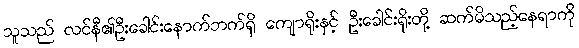
သူသည် လင်နီ၏ဦးခေါင်းနောက်ဘက်ရှိ ကျောရိုးနှင့် ဦးခေါင်းရိုးတို့ ဆက်မိသည့်နေရာကို